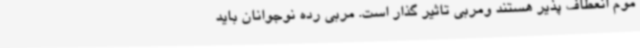
موم انعطاف پذیر هستند ومربی تاثیر گذار است. مربی رده نوجوانان باید